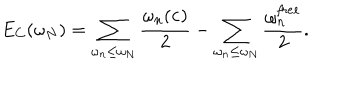
E _ { C } ( \omega _ { N } ) = \sum _ { \omega _ { n } \leq \omega _ { N } } { \frac { \omega _ { n } ( { \bf c } ) } { 2 } } - \sum _ { \omega _ { n } \leq \omega _ { N } } { \frac { \omega _ { n } ^ { \it f r e e } } { 2 } } .